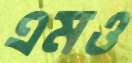
এমও